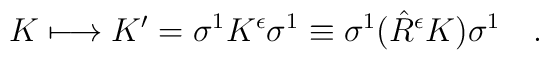
K \longmapsto K' = \sigma^{1} K^{\epsilon} \sigma^{1} \equiv \sigma^{1}(\hat{R}^{\epsilon} K) \sigma^{1} \quad .